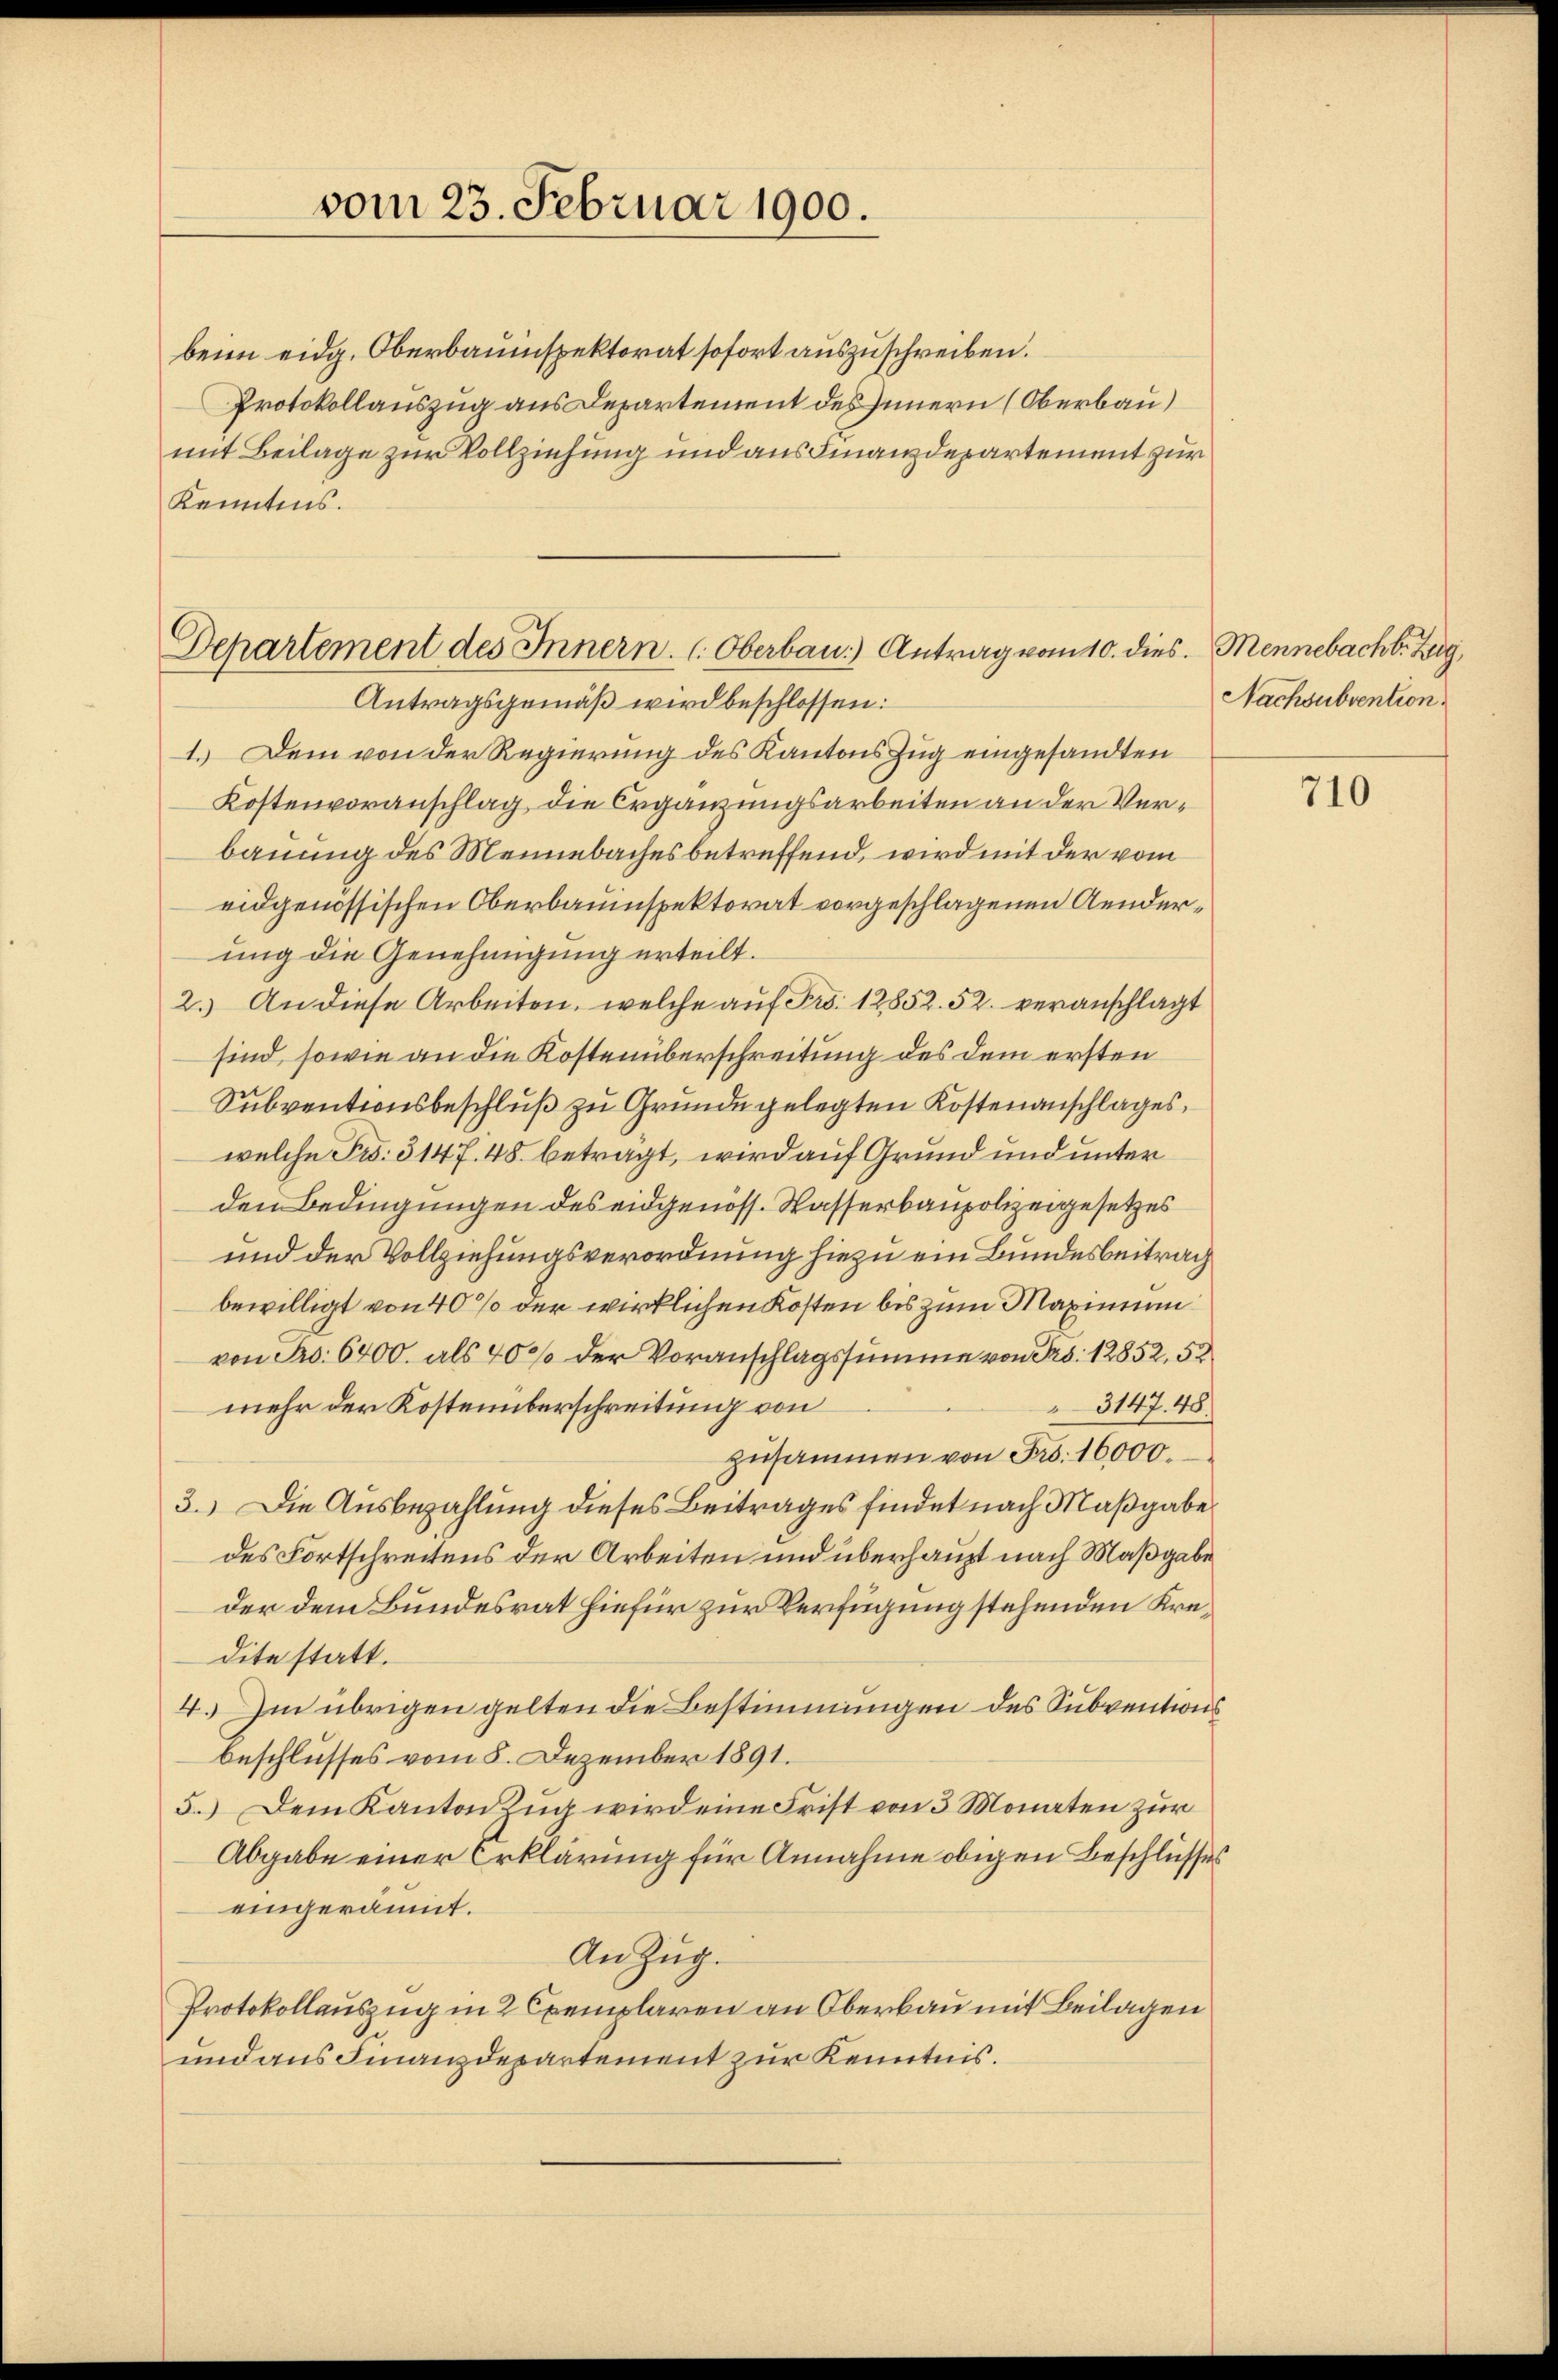
vom 23. Februar 1900.

beim eidg. Oberbauinspektorat sofort auszuschreiben.
Protokollauszug aus Departement des Innern (Oberbau)
mit Beilage zur Vollziehung und aus Finanzdepartement zur
Kanntnis.

Departement des Innern. Oberbau.) Antrag vom 10. dies. Mennebacht. Zug,
Antragsgemäß wird beschlossen:

1. Dem von der Regierung des Kantons Zug eingesandten
Kostenvoranschlag die Ergänzungsarbeiten an der Verbauung des Meinebaches betreffend, wird mit der vom
eidgenössischen Oberbauinspektorat vorgeschlagenen Aenderung die Genehmigung erteilt.
2.) An diese Arbeiten, welche auf Fr. 12852. 52. veranschlagt
sind, sowie an die Kostenüberschreitung des dem ersten
Subventionsbeschluß zu Grunde gelegten Kostenanschlages,
welche Fr. 3147. 48. beträgt, wird auf Grund und unter
den Bedingungen des eidgenöss. Wasserbaupolizeigesetzes
und der Vollziehungsverordnung hiezu ein Bundesbeitrag
bewilligt von 40% der wirklichen Kosten bis zum Maximum
von No. 6400. als 40% der Voranschlagssumme von Pro. 12852, 52
3147. 48.
mehr der Kostenüberschreitung von
zusammen von Fr. 16000.
3.) Die Ausbezahlung dieses Beitrages findet nach Maßgabe
des Fortschreitens der Arbeiten und überhaupt nach Maßgabe
der dem Bundesrat hiefür zur Verfügung stehenden Kredite statt.
4. Im übrigen gelten die Bestimmungen des Subventions
beschlusses vom 8. Dezember 1891.
5.) Dem Kanton Zug wird eine Frist von 3 Monaten zur
Abgabe einer Erklärung für Annahme obigen Beschlusses
eingeräumt.
An Zug.
Protokollauszug in 2 Exemplaren an Oberbau mit Beilagen
und aus Finanzdepartement zur Kenntnis.

Nachsubvention

710